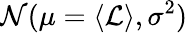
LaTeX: \mathcal{N}(\mu=\langle\mathcal{L}\rangle,\sigma^{2})